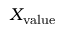
X _ { \mathrm { v a l u e } }